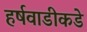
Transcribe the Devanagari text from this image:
हर्षवाडीकडे